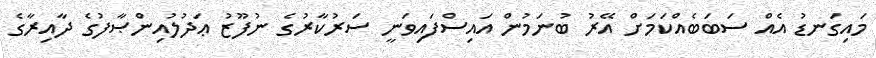
މައިގަނޑު އެއް ސަބަބެއްކަމަށް އޭރު ބުނަމުން އައިސްފައިވަނީ ސަރުކާރުގެ ނުފޫޒު ޢަދުލުއިންޞާފުގެ ދާއިރާގެ